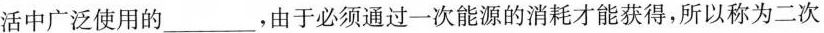
活中广泛使用的___，由于必须通过一次能源的消耗才能获得，所以称为二次